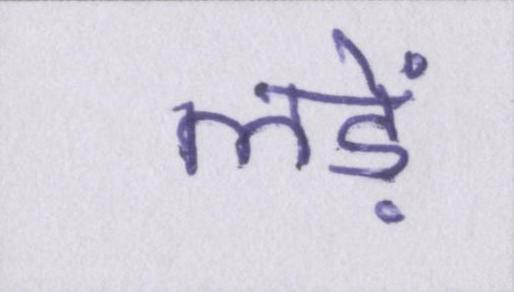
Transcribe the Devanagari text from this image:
लड़ें